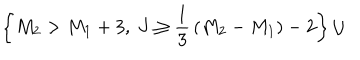
\left\{ M _ { 2 } > M _ { 1 } + 3 , ~ J \ge { \frac { 1 } { 3 } } \left( M _ { 2 } - M _ { 1 } \right) - 2 \right\} \cup